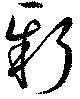
新